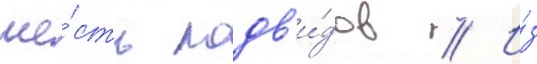
ше́сть подв'и́дов // И́з